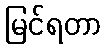
မြင်ရတာ